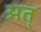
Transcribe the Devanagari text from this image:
अत्‌